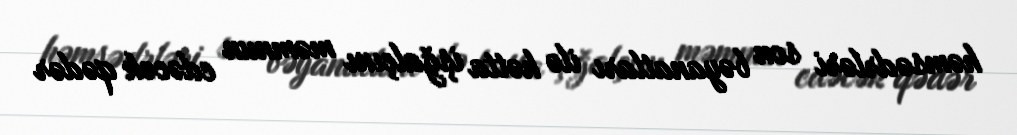
həmsədrləri son bəyanatları ilə hətta işğalçını məmnun edəcək qədər